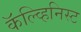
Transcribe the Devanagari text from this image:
कॅल्व्हिनिस्ट